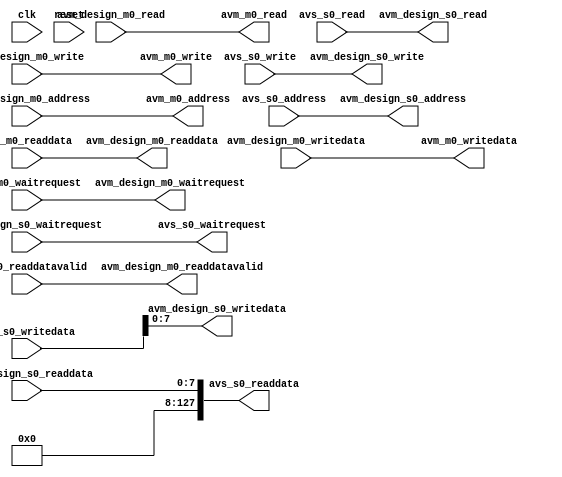
module avalon_shell_rsa (
    clk,
    reset,
    
	//avalon_MM_to_qsys
	avm_m0_waitrequest,
	avm_m0_address,
	avm_m0_read,
	avm_m0_write,
	avm_m0_readdatavalid,
	avm_m0_readdata,
	avm_m0_writedata,
	
	//avalon_MM_to_design
	avm_design_m0_waitrequest,
    avm_design_m0_address,
    avm_design_m0_read,
    avm_design_m0_write,
	avm_design_m0_readdatavalid,
	avm_design_m0_readdata,
	avm_design_m0_writedata,
	
	//avalon_MM_s0 to qsys
	avs_s0_waitrequest,
    avs_s0_address,
    avs_s0_read,
    avs_s0_write,
	avs_s0_readdata,
	avs_s0_writedata,
	
	//avalon_MM_s0 to design
	avm_design_s0_waitrequest,
    avm_design_s0_address,
    avm_design_s0_read,
    avm_design_s0_write,
	avm_design_s0_readdata,
	avm_design_s0_writedata
);

//-------- input ---------------------------
    input clk;
    input reset;
    
    //-------- avalon_MM_master --------------------------------------
    input  avm_m0_waitrequest;
    output [31:0] avm_m0_address; //
    output avm_m0_read; //
    output avm_m0_write; //
	input  avm_m0_readdatavalid;
	input  [255:0] avm_m0_readdata;
	output [255:0] avm_m0_writedata;//
	
    //-------- avalon_MM_to_design --------------------------------------
    output  avm_design_m0_waitrequest;
    input  [31:0] avm_design_m0_address; //
    input  avm_design_m0_read; //
    input  avm_design_m0_write; //
	output  avm_design_m0_readdatavalid;
	output  [255:0] avm_design_m0_readdata;
	input   [255:0] avm_design_m0_writedata;//
	 
	 //avalon_MM_s0 to qsys
	output avs_s0_waitrequest;
    input  avs_s0_address;
    input  avs_s0_read;
    input  avs_s0_write;
	output [127:0] avs_s0_readdata;
	input  [127:0] avs_s0_writedata;
	
	//avalon_MM_s0 to design
	input   avm_design_s0_waitrequest;
    output  avm_design_s0_address;
    output  avm_design_s0_read;
    output  avm_design_s0_write;
	input   [7:0] avm_design_s0_readdata;
	output  [7:0] avm_design_s0_writedata;
	
	assign avm_design_m0_waitrequest = avm_m0_waitrequest;
	assign avm_m0_address            = avm_design_m0_address; //
	assign avm_m0_read               = avm_design_m0_read; //
	assign avm_m0_write              = avm_design_m0_write; //
	assign avm_design_m0_readdatavalid = avm_m0_readdatavalid;
    assign avm_design_m0_readdata    = avm_m0_readdata;
    assign avm_m0_writedata          = avm_design_m0_writedata;//
	 
	assign avs_s0_waitrequest		= avm_design_s0_waitrequest;
   assign avm_design_s0_address	= avs_s0_address;
   assign avm_design_s0_read     = avs_s0_read;
   assign avm_design_s0_write    = avs_s0_write;
   assign avs_s0_readdata			= avm_design_s0_readdata;
	assign avm_design_s0_writedata= avs_s0_writedata[7:0];

endmodule